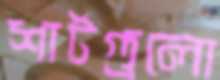
শার্টগুলো